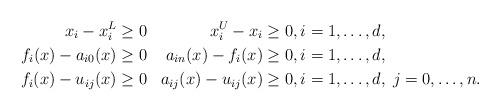
LaTeX: \begin{align*}\begin{aligned} x_i - x^L_i &\geq 0 & x^U_i - x_i &\geq 0, i = 1, \ldots, d , \\ f_{i}(x) - a_{i0}(x) &\geq 0 & a_{in}(x) - f_{i}(x) &\geq 0, i = 1, \ldots, d ,\\f_{i}(x) - u_{ij}(x) &\geq 0 & a_{ij}(x) - u_{ij}(x) &\geq 0, i = 1, \ldots, d, \; j = 0, \ldots, n. \end{aligned}\end{align*}